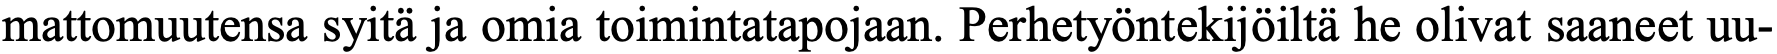
mattomuutensa syitä ja omia toimintatapojaan. Perhetyöntekijöiltä he olivat saaneet uu-